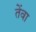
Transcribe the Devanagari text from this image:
तेंवा